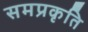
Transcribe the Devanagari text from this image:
समप्रकृति